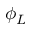
\phi _ { L }